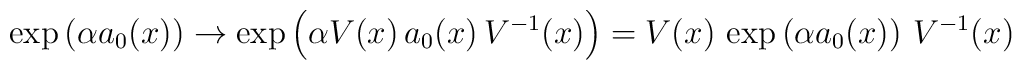
\exp\left(\alpha a_0(x)\right) \to \exp\left(\alpha V(x) \, a_0(x) \, V^{-1}(x)\right) = V(x) \, \exp\left(\alpha a_0(x) \right) \, V^{-1}(x)